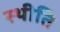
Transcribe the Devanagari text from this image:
स्थीति